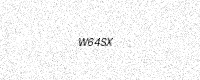
Text: W64SX